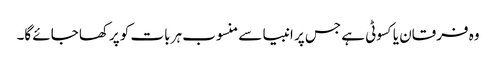
وہ فرقان یا کسوٹی ہے جس پر انبیا سے منسوب ہر بات کو پرکھا جائے گا۔